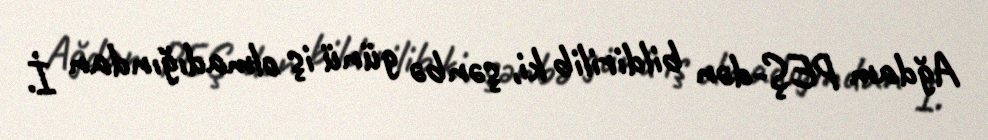
Ağdam PEŞ-dən bildirilib ki, şənbə günü iş olmadığından İ.